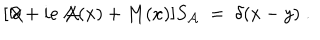
[ \not \! \partial + i e \not \! \! { \mathcal A } ( x ) + M ( x ) ] S _ { { \mathcal A } } \; = \; \delta ( x - y ) \; .